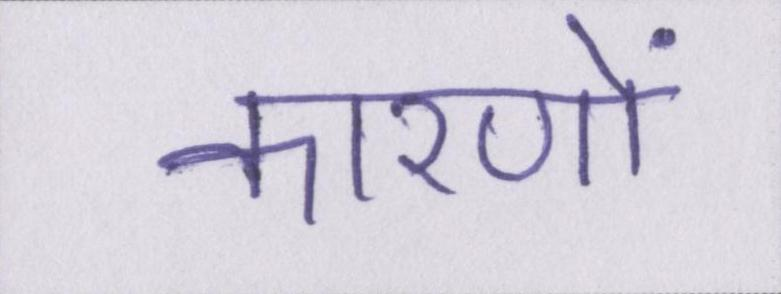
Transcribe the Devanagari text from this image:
कारणों